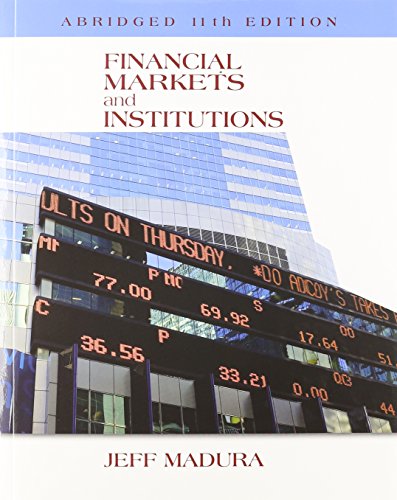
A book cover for Financial Markets and Institutions, Abridged Edition (with Stock-Trak Coupon); Jeff Madura; Business & Money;